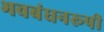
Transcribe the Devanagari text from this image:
भवबंधनरूपी